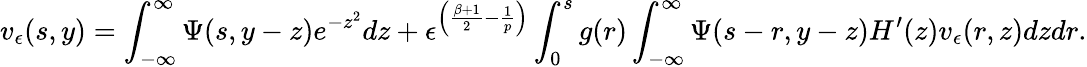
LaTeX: v_{\epsilon}(s,y)=\int_{-\infty}^{\infty}\Psi(s,y-z)e^{-z^{2}}dz+\epsilon^{\left(\frac{\beta+1}{2}-\frac{1}{p}\right)}\int_{0}^{s}g(r)\int_{-\infty}^{\infty}\Psi(s-r,y-z)H^{\prime}(z)v_{\epsilon}(r,z)dzdr.